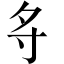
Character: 𪧷